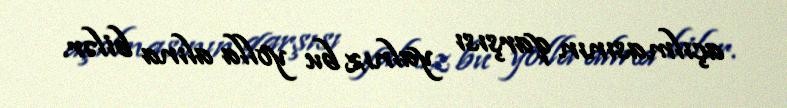
açılmasının qarşısı yalnız bu yolla alına bilər.